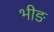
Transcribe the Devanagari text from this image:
भीङ